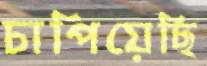
চাপিয়েছি